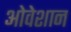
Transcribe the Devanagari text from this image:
ओवेशान